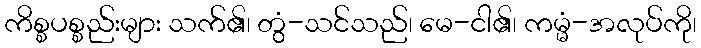
ကိစ္စပစ္စည်းများ သက်၏၊ တွံ-သင်သည်၊ မေ-ငါ၏၊ ကမ္မံ-အလုပ်ကို၊